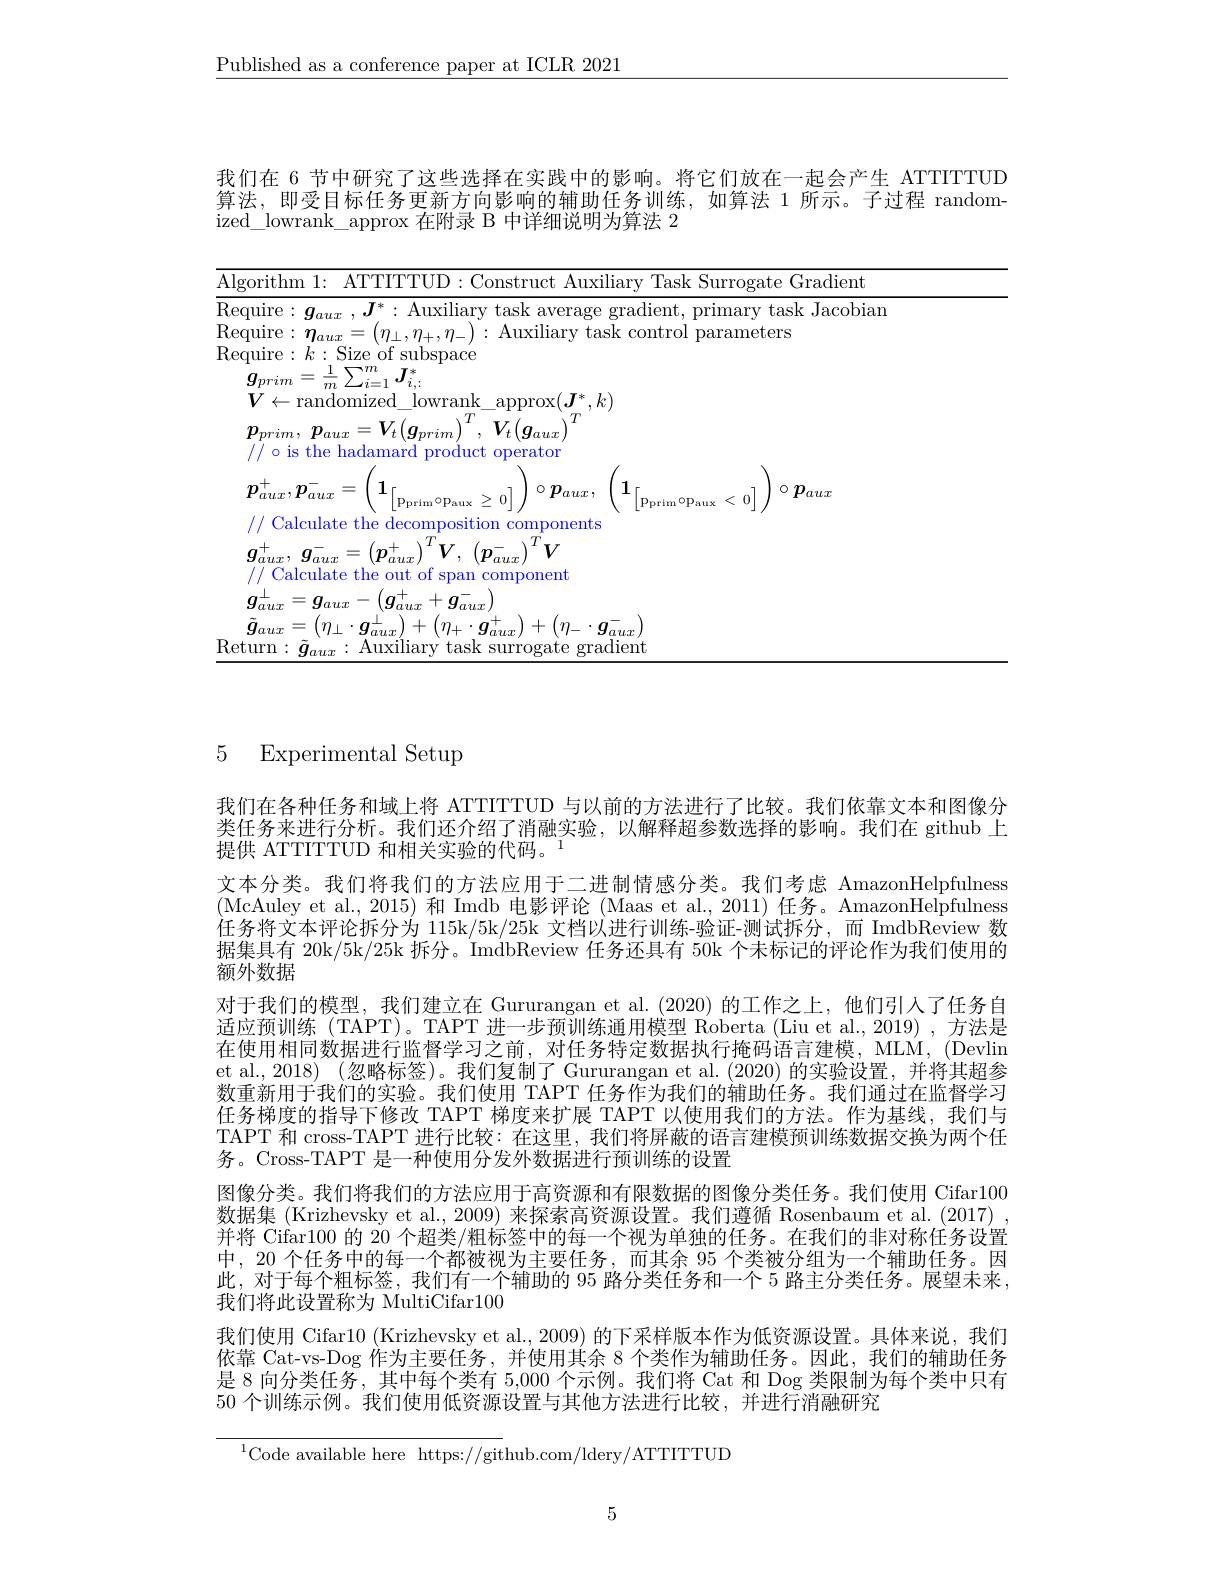
$\underline{\text{Published as a conference paper at ICLR 2021}}$

我们在 6 节中研究了这些选择在实践中的影响。将它们放在一起会产生 ATTITTUD 算法，即受目标任务更新方向影响的辅助任务训练，如算法 1 所示。子过程 randomized$\_$lowrank$\_$approx 在附录 B 中详细说明为算法 2

<table>
	<tbody>
		<tr>
			<td>Algorithm 1: ATTTTTTUD :( ionstruct) Allxllarv Task Surroga</td>
			<td>$\overline{\mathrm{Alg}}$ </td>
			<td>1{:} ATTITTUD:Construct Auxiliarv v Task Surrogate Gradient</td>
		</tr>
		<tr>
			<td>lmarv</td>
			<td>Rec 1</td>
			<td>Jacobian</td>
		</tr>
		<tr>
			<td>Require xina $28k$ contro parame</td>
			<td>Rec 1</td>
			<td>411Y119 $r$task :Control | narameters</td>
		</tr>
		<tr>
			<td>$\bullet$ $\bullet$ $\bullet$ Size f subspace</td>
			<td>Rec 1</td>
			<td>...5 Size of subspace</td>
		</tr>
		<tr>
			<td>$+\boldsymbol{g}_{aux}^-$ $g_{aux}^{\perp}$ $=g_{aux}$ $g_{aux}^{+}$ $x)+\left(\eta_{+}\cdot\boldsymbol{g}_{aux}^{+}\right)+\left(\eta_{-}\cdot\boldsymbol{g}_{aux}^{-}\right)$ $\tilde{\boldsymbol{g}}_{aux}=\left(\eta_{\perp}\cdot\boldsymbol{g}_{aux}^{\perp}\right.$ Return: uviliarv task surrogate gradient</td>
			<td>Ret</td>
			<td>$(\boldsymbol{g}_{aux}^{+}+\boldsymbol{g}_{aux}^{-}$ $g_{aux}$ $\left(\eta_{\perp}\cdot\boldsymbol{g}_{aux}^{\perp}\right)+\left(\eta_{+}\cdot\boldsymbol{g}_{aux}^{+}\right)+\left(\eta_{-}\cdot\boldsymbol{g}_{aux}^{-}\right)$ Auxiliary task surrogate gradient</td>
		</tr>
	</tbody>
</table>

5 Experimental Setup

我们在各种任务和域上将 ATTITTUD 与以前的方法进行了比较。我们依靠文本和图像分类任务来进行分析。我们还介绍了消融实验，以解释超参数选择的影响。我们在 github 上提供 ATTITTUD 和相关实验的代码。$^{1}$
文本分类。我们将我们的方法应用于二进制情感分类。我们考虑 AmazonHelpfulness (McAuley et al.,2015)和 Imdb 电影评论 (Maas et al.,2011) 任务。AmazonHelpfulness 任务将文本评论拆分为 115k/5k/25k 文档以进行训练-验证-测试拆分，而 ImdbReview 数据集具有 20k/5k/25k 拆分。ImdbReview 任务还具有 50k 个未标记的评论作为我们使用的额外数据
对于我们的模型，我们建立在 Gururangan et al.(2020) 的工作之上，他们引人了任务自适应预训练 (TAPT)。TAPT 进一步预训练通用模型 Roberta (Liu et al., 2019) , 方法是在使用相同数据进行监督学习之前，对任务特定数据执行掩码语言建模，MLM, (Devlin et al., 2018) (忽略标签)。我们复制了 Gururangan et al. (2020)的实验设置，并将其超参数重新用于我们的实验。我们使用 TAPT 任务作为我们的辅助任务。我们通过在监督学习任务梯度的指导下修改 TAPT 梯度来扩展 TAPT 以使用我们的方法。作为基线，我们与TAPT 和 cross-TAPT 进行比较：在这里，我们将屏蔽的语言建模预训练数据交换为两个任务。Cross-TAPT 是一种使用分发外数据进行预训练的设置
图像分类。我们将我们的方法应用于高资源和有限数据的图像分类任务。我们使用 Cifar100数据集 (Krizhevsky et al., 2009) 来探索高资源设置。我们遵循 Rosenbaum et al. (2017) , 并将 Cifar100 的 20 个超类/粗标签中的每一个视为单独的任务。在我们的非对称任务设置中，20 个任务中的每一个都被视为主要任务，而其余 95 个类被分组为一个辅助任务。因此，对于每个粗标签，我们有一个辅助的 95 路分类任务和一个 5 路主分类任务。展望末来， 我们将此设置称为 MultiCifar100
我们使用 Cifar10 (Krizhevsky et al., 2009) 的下采样版本作为低资源设置。具体来说，我们依靠 Cat-vs-Dog 作为主要任务，并使用其余 8 个类作为辅助任务。因此，我们的辅助任务是 8 向分类任务，其中每个类有 5,000 个示例。我们将 Cat 和 Dog 类限制为每个类中只有50 个训练示例。我们使用低资源设置与其他方法进行比较，并进行消融研究

$^{1}$Code available here https://github.com/ldery/ATTITTUD

5